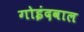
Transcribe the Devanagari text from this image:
गोइंदवाल